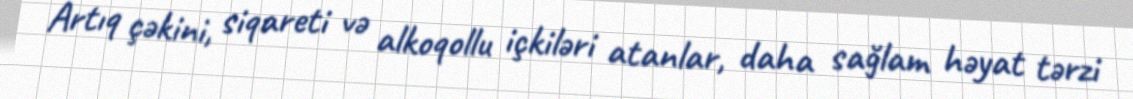
Artıq çəkini, siqareti və alkoqollu içkiləri atanlar, daha sağlam həyat tərzi